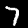
Digit: 7